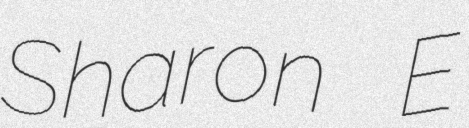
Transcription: Sharon E